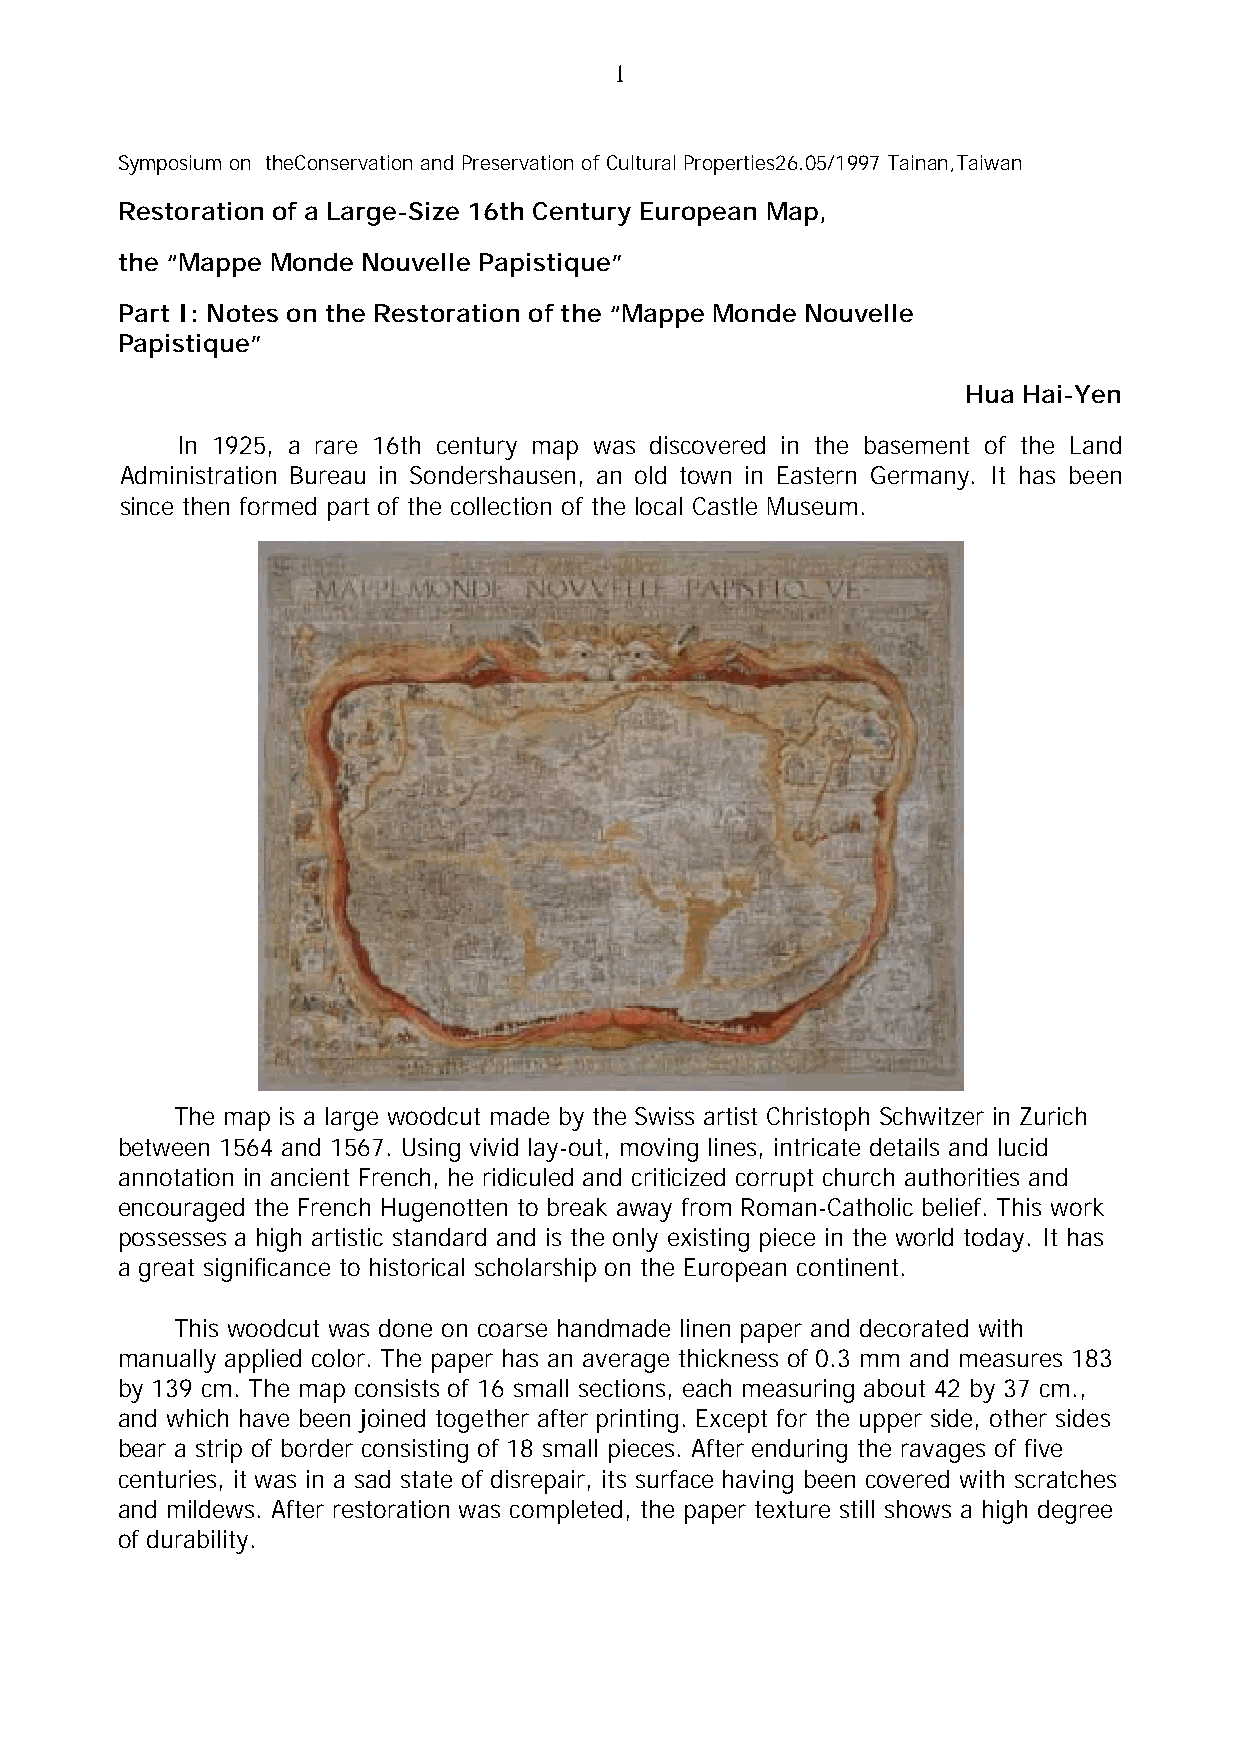
1
 Symposium on theConservation and Preservation of Cultural Properties26.05/1997 Tainan,Taiwan
 Restoration of a Large-Size 16th Century European Map,
 the “Mappe Monde Nouvelle Papistique”
 Part I: Notes on the Restoration of the “Mappe Monde Nouvelle
 Papistique”
 Hua Hai-Yen
 In 1925, a rare 16th century map was discovered in the basement of the Land
 Administration Bureau in Sondershausen, an old town in Eastern Germany. It has been
 since then formed part of the collection of the local Castle Museum.
 The map is a large woodcut made by the Swiss artist Christoph Schwitzer in Zurich
 between 1564 and 1567. Using vivid lay-out, moving lines, intricate details and lucid
 annotation in ancient French, he ridiculed and criticized corrupt church authorities and
 encouraged the French Hugenotten to break away from Roman-Catholic belief. This work
 possesses a high artistic standard and is the only existing piece in the world today. It has
 a great significance to historical scholarship on the European continent.
 This woodcut was done on coarse handmade linen paper and decorated with
 manually applied color. The paper has an average thickness of 0.3 mm and measures 183
 by 139 cm. The map consists of 16 small sections, each measuring about 42 by 37 cm.,
 and which have been joined together after printing. Except for the upper side, other sides
 bear a strip of border consisting of 18 small pieces. After enduring the ravages of five
 centuries, it was in a sad state of disrepair, its surface having been covered with scratches
 and mildews. After restoration was completed, the paper texture still shows a high degree
 of durability.